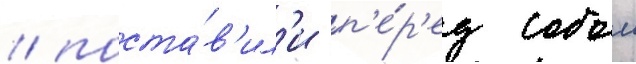
/ поста́в'ил'и п'е́р'ед собои